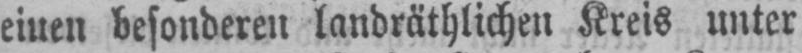
einen besonderen landräthlichen Kreis unter